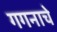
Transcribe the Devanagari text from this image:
गगनाचे